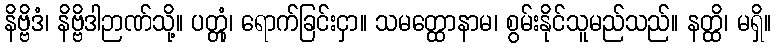
နိဗ္ဗိဒံ၊ နိဗ္ဗိဒါဉာဏ်သို့။ ပတ္တုံ၊ ရောက်ခြင်းငှာ။ သမတ္ထောနာမ၊ စွမ်းနိုင်သူမည်သည်။ နတ္ထိ၊ မရှိ။